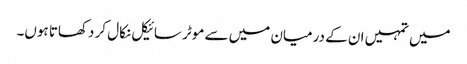
میں تمہیں ان کے درمیان میں سے موٹر سائیکل نکال کر دکھاتا ہوں۔